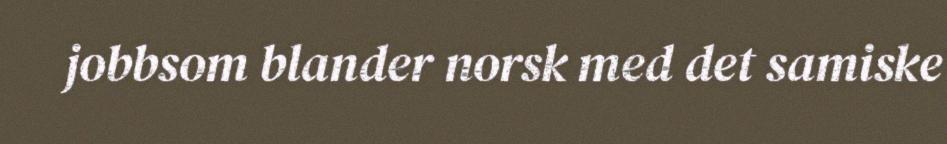
jobbsom blander norsk med det samiske